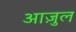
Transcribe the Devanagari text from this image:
आज़ुल